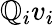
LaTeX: \mathbb{Q}_{i}v_{i}